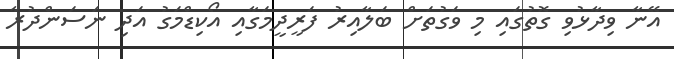
އޭނާ ވިދާޅުވި ގޮތުގައި މި ވަގުތަށް ބަލާއިރު ފަރީދީމަގާއި އޯކިޑްމަގު އަދި ނަސަންދުރާ